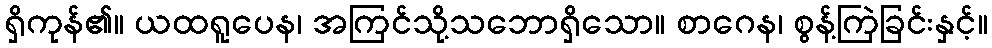
ရှိကုန်၏။ ယထရူပေန၊ အကြင်သို့သဘောရှိသော။ စာဂေန၊ စွန့်ကြဲခြင်းနှင့်။